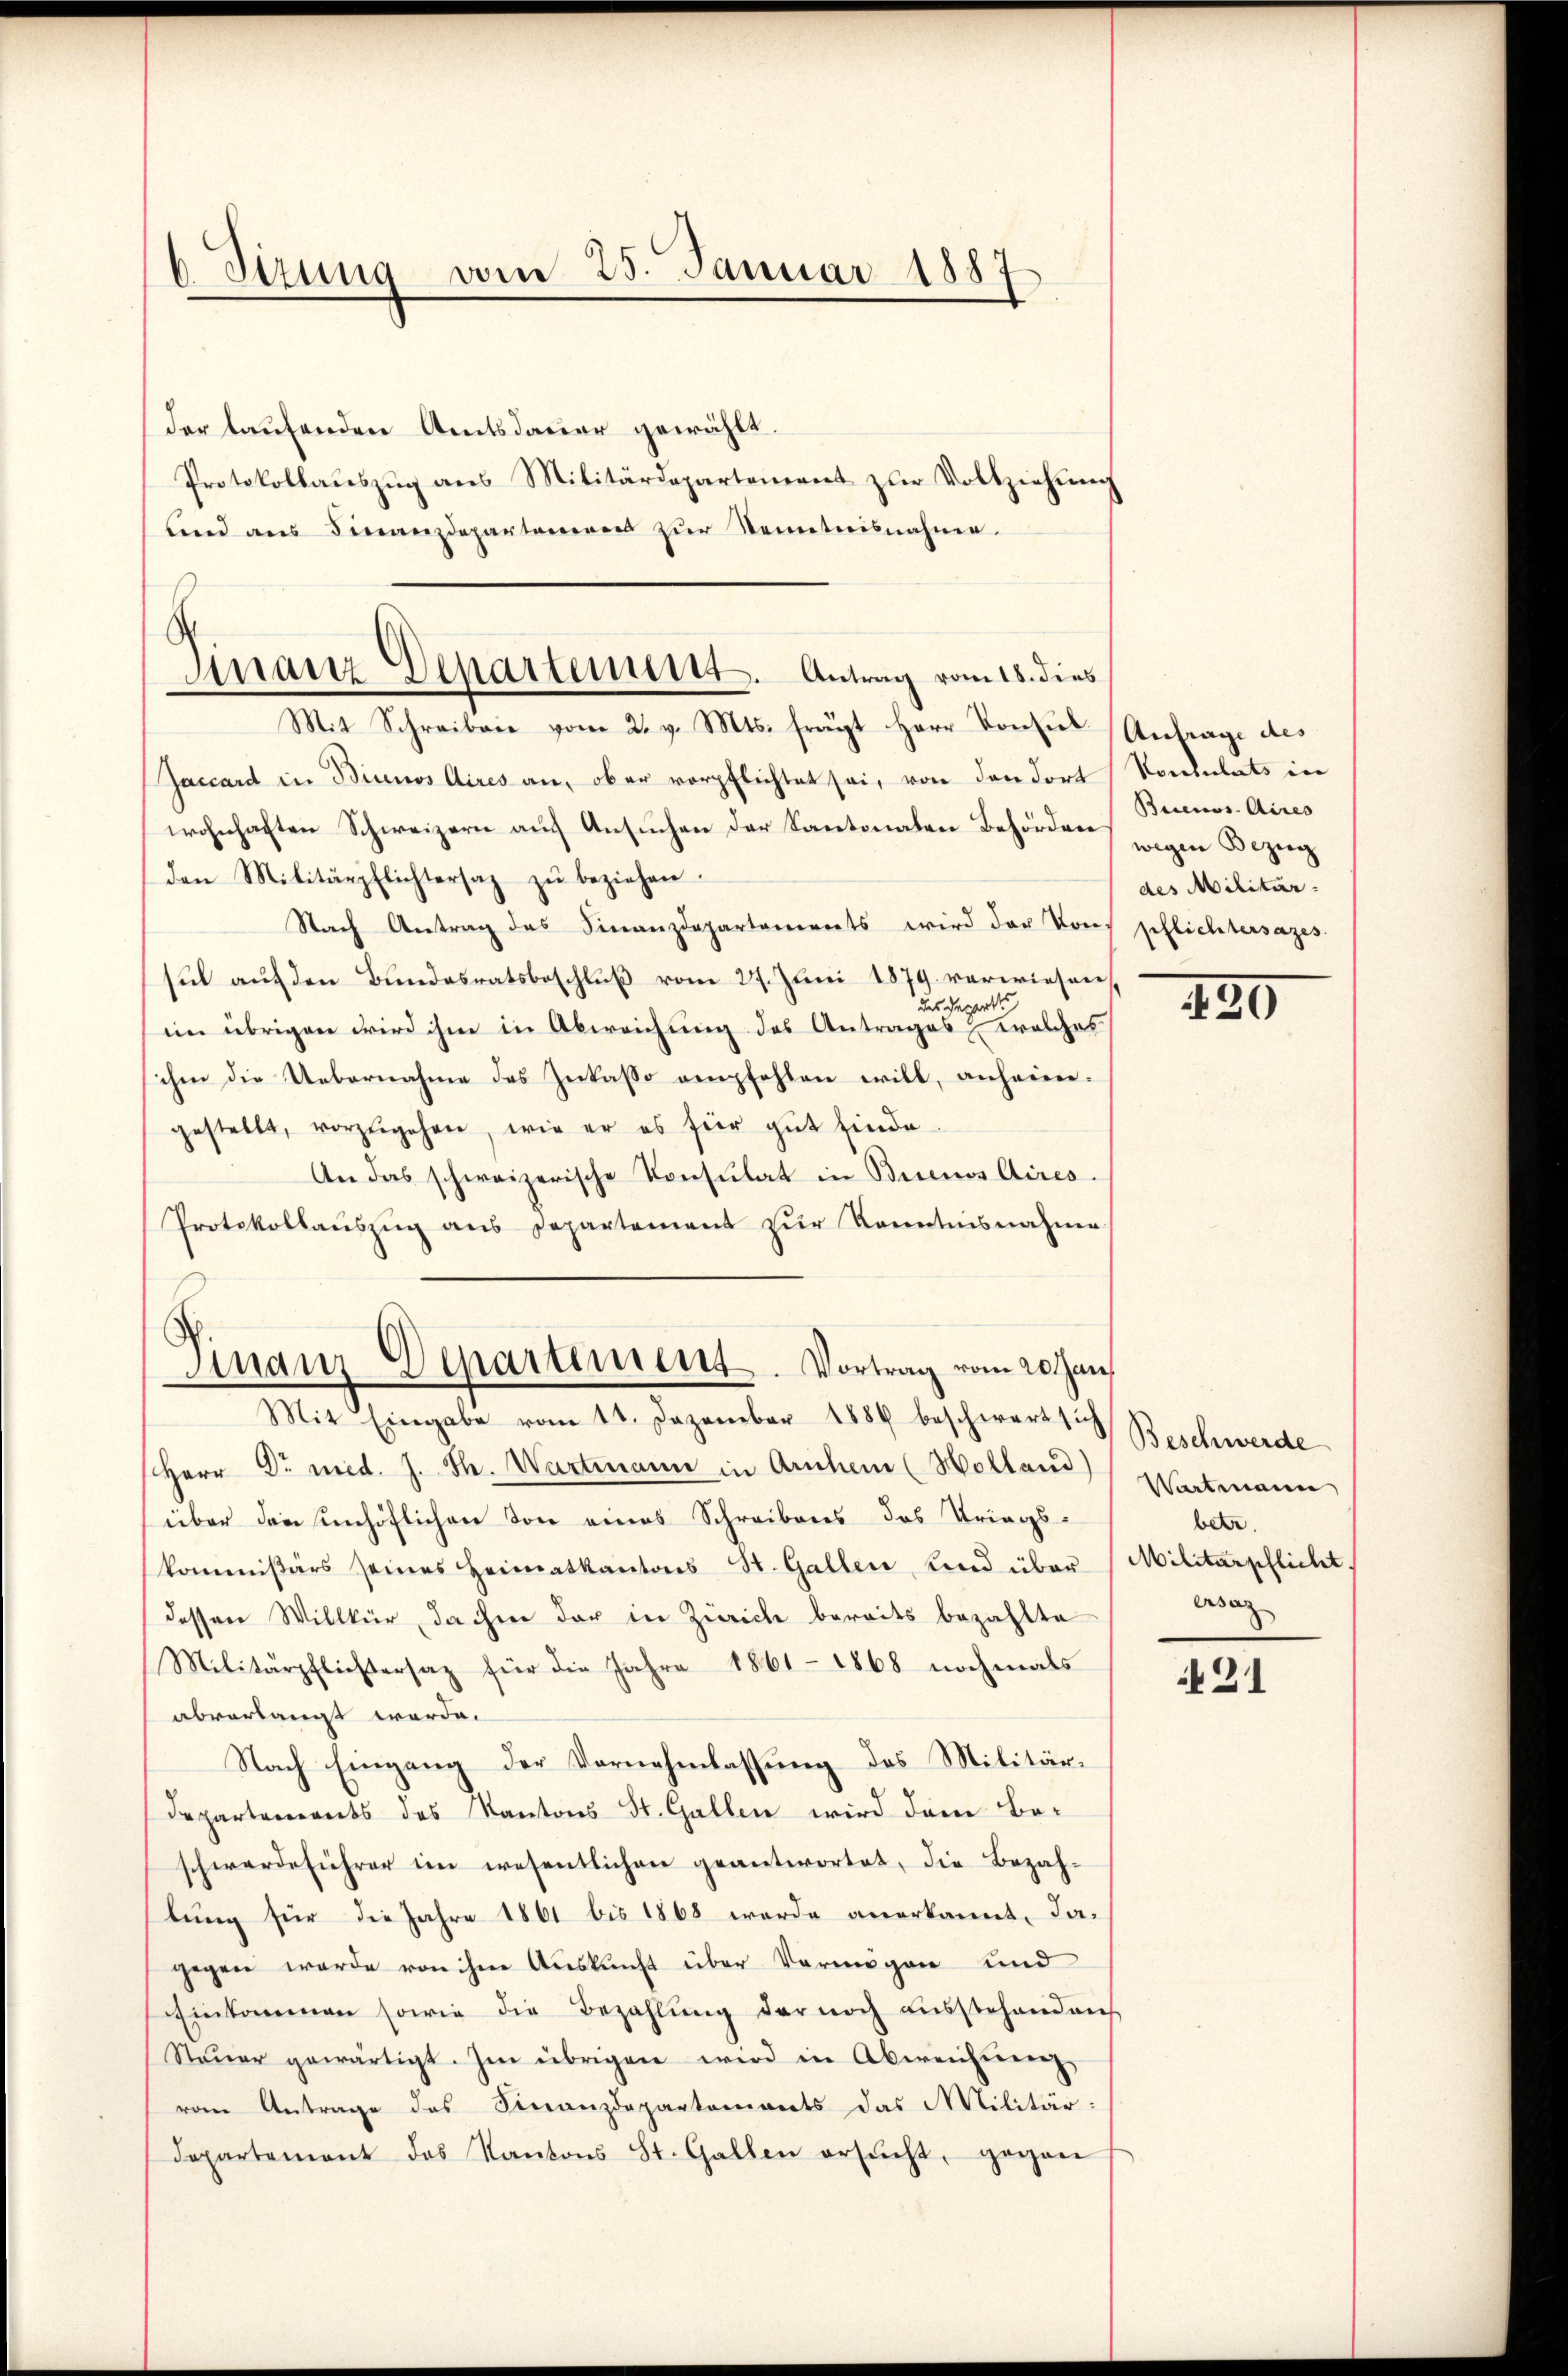
6 Sizung vom 25. Januar 1887

der laufenden Amtsdauer gewählt.
Protokollaŭszŭg ans Militärdepartement zŭr Vollziehŭng
und ans Finanzdepartemens zŭr Kenntnisnahme.
Mit Schreiben vom 2. v. Mts. frägt Herr Konsul, Anfrage des
Jaccard in Bianos Aires an, ober verpflichtet sei, von den dort
wohnhaften Schweizern auf Ansuchen der Kantonalen Behörden
den Militärpflichtersaz zŭ beziehen.
Nach Antrag des Finanzdepartanereits wird der Vor-
sul auf den Bundesratsbeschluß vom 27. Juni 1879 verwiesen,
des Depart
im übrigen wird ihm in Abweichung des Antrages, welches
ihm die Uebernahme des Inkasso empfehlen will, anheimgestellt, vorzŭgehen, wie er es für gut finde
An das schweizerische Consulat in Buenos Aires.
Protokollauszug aus Departement zur Kenntnisnahme
Finanz-Departement. Vortrag vom 20. Jan
Mit Eingabe vom 11. Dezember 1886 beschwerts Beschwerde
Herr Dr. med. J. Th. Wartmann in Arnchem (Holland)
über den unhöflichen von eines Schreibens des Kriegskommißärs seines Heimatkantons St. Gallen, und über
dessen Willkür, da ihm der in Zürich bereits bezahlte
Militärpflichtersaz für die Jahre 1861 - 1868 nochmals
abverlangt werde.
Nach Eingang der Vernehmlassung des Militär¬
Departements des Kantons St. Gallen wird dem Behwerdeführer im wesentlichen geantwortet, die Bezahlung für die Jahre 1861 bis 1868 wurde anerkannt, da-
gegen werde von ihre Auskunft über Vermögen und
Einkommen sowie die Bezahlŭng der noch aŭsstehenden
Steŭer gewärtigt. Im übrigen wird in Abweicherenz
vom Antrage des Finanzdepartements das Militär:
departement das Kantons St. Gallen ersŭcht, gegen

Finanz Departement. Antrag vom 18. dies

Konsulats in
Buenos Aires
wegen Bezug
des Militär-
pflichtersazes.

230

Wartmann
betr.
Militärpflicht
ersag

421